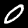
Label: 0